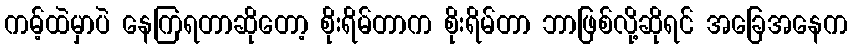
ကမ့်ထဲမှာပဲ နေကြရတာဆိုတော့ စိုးရိမ်တာက စိုးရိမ်တာ ဘာဖြစ်လို့ဆိုရင် အခြေအနေက